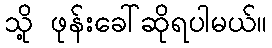
သို့ ဖုန်းခေါ်ဆိုရပါမယ်။